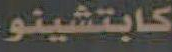
كابتشينو